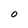
Character: 0